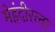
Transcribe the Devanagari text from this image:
मेहंदीरत्‍ता